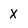
Character: x